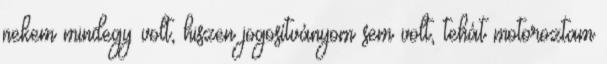
nekem mindegy volt, hiszen jogosítványom sem volt, tehát motoroztam